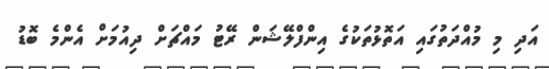
އަދި މި މުއްދަތުގައި އަތޮޅުތަކުގެ އިންފްލޭޝަން ރޭޓު މައްޗަށް ދިއުމަށް އެންމެ ބޮޑު